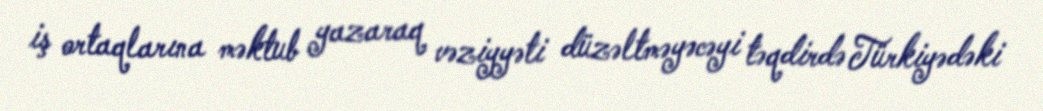
iş ortaqlarına məktub yazaraq vəziyyəti düzəltməyəcəyi təqdirdə Türkiyədəki